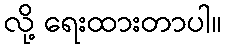
လို့ ရေးထားတာပါ။